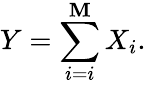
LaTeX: Y=\sum_{i=i}^{\mathbf{M}}X_{i}.